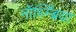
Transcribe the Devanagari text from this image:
नॉर्थ्म्ब्रिया